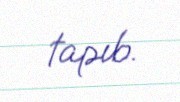
tapıb.